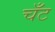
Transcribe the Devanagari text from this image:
चँट